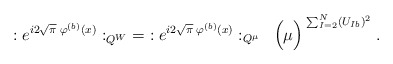
\begin{align*}: e^{i2\sqrt{\pi} \; \varphi^{(b)}(x)} :_{Q^W} \; = \;: e^{i2\sqrt{\pi} \; \varphi^{(b)}(x)} :_{Q^\mu} \; \;\Big( \mu \Big)^{\; \sum_{I=2}^N (U_{Ib})^2} \; .\end{align*}